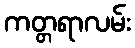
ကတ္တရာလမ်း